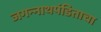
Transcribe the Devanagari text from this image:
जगन्‍नाथपंडिताचा